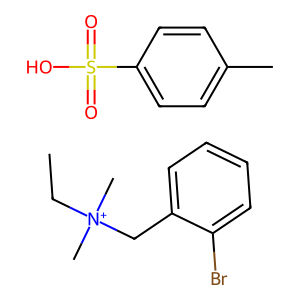
SMILES: CC[N+](C)(C)Cc1ccccc1Br.Cc1ccc(S(=O)(=O)O)cc1
Inhibits HIV replication: No